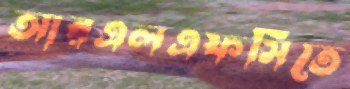
আরএলএফসিতে